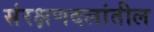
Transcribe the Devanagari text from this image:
संरक्षणदलांतील